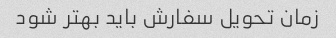
زمان تحویل سفارش باید بهتر شود